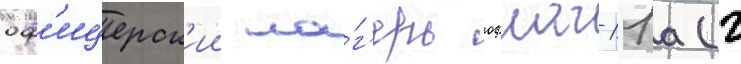
оф'ицерск'ии ла́г'ерь офлаг-11а (г